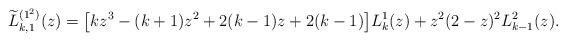
LaTeX: \begin{gather*} \widetilde{L}_{k,1}^{( 1^{2}) }(z) =\big[ kz^{3}-( k+1) z^{2}+2( k-1) z+2( k-1) \big] L_{k}^{1}(z) +z^{2}( 2-z) ^{2}L_{k-1}^{2}(z) .\end{gather*}